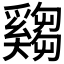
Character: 𤕂